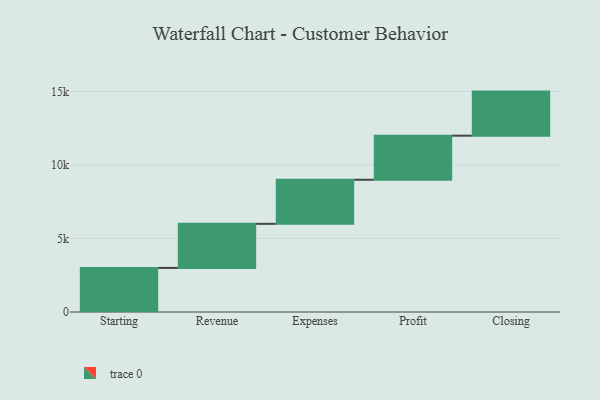
{"axis": {"x": "Step", "y": "Value"}, "legend": [""], "data": [{"x": "Starting", "y": 3000, "type": ""}, {"x": "Revenue", "y": 3000, "type": ""}, {"x": "Expenses", "y": 3000, "type": ""}, {"x": "Profit", "y": 3000, "type": ""}, {"x": "Closing", "y": 3000, "type": ""}]}